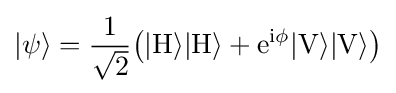
|\psi \rangle ={\frac {1}{\sqrt {2}}}{\big (}|{\rm {H\rangle |{\rm {H\rangle +e^{i\phi }|{\rm {V\rangle |{\rm {V\rangle {\big )}}}}}}}}}